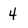
Character: 4